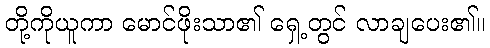
တို့ကိုယူကာ မောင်ဖိုးသာ၏ ရှေ့တွင် လာချပေး၏။